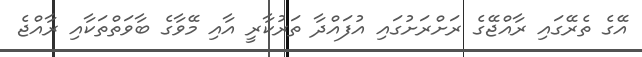
އޭގެ ތެރޭގައި ރާއްޖޭގެ ރަށްރަށުގައި އުފައްދާ ތަރުކާރީ އާއި މޭވާގެ ބާވަތްތަކާއި ރާއްޖެ